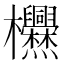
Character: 𱤶